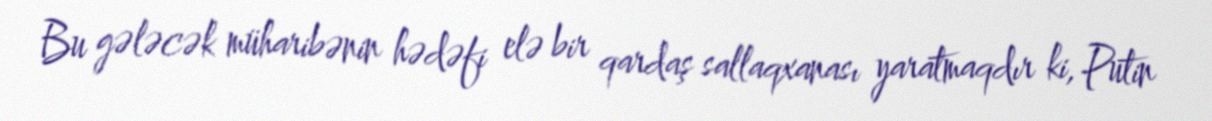
Bu gələcək müharibənin hədəfi elə bir qardaş sallaqxanası yaratmaqdır ki, Putin